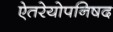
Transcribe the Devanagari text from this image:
ऐतरेयोपनिषद